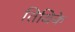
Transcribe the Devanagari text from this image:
तिथिके